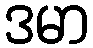
ဒမာ